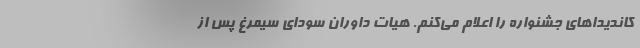
کاندیداهای جشنواره را اعلام می‌کنم. هیات داوران سودای سیمرغ پس از